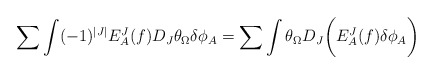
\begin{align*}\sum\int (-1)^{|J|}E^J_A(f)D_J\theta_{\Omega}\delta\phi_A=\sum\int \theta_{\Omega}D_J\biggl( E^J_A(f)\delta\phi_A\biggr)\end{align*}